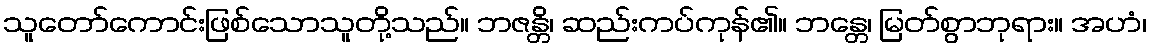
သူတော်ကောင်းဖြစ်သောသူတို့သည်။ ဘဇန္တိ၊ ဆည်းကပ်ကုန်၏။ ဘန္တေ၊ မြတ်စွာဘုရား။ အဟံ၊